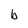
Character: b